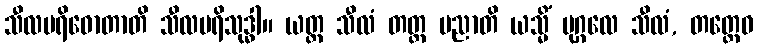
သီလပရိဓောတာတိ သီလပရိသုဒ္ဓါ။ ယတ္ထ သီလံ တတ္ထ ပညာတိ ယသ္မိံ ပုဂ္ဂလေ သီလံ, တတ္ထေဝ